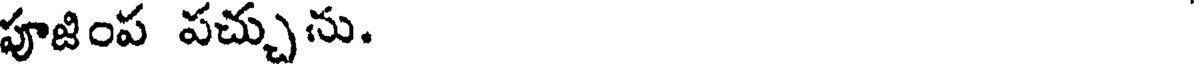
పూజింప పచ్చును.